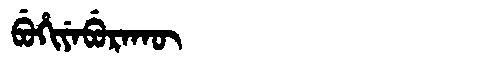
Manchu: ᠪᡠᡥᡳᠶᡝᠪᡠᡵᠠᡴᡡ
Romanization: BUHIYEBURAKŪ